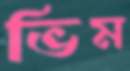
ভিম